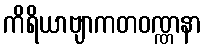
ကိရိယာဗျာကတဝဏ္ဏနာ